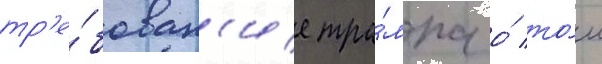
тр'е́бован'ие тра́мпа о́ то́м